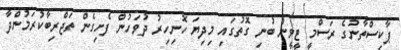
ޕާކިސްތާނުގެ ރަސްމީ ޓީވީން ބުނި ގޮތުގައި މިދިޔަ ހޮނިހިރު ދުވަހުން ފެށިގެން ތަޖްރިބާކުރަމުންދާ